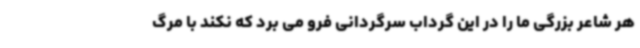
هر شاعر بزرگی ما را در این‌ گرداب سرگردانی فرو می برد که نکند با مرگ